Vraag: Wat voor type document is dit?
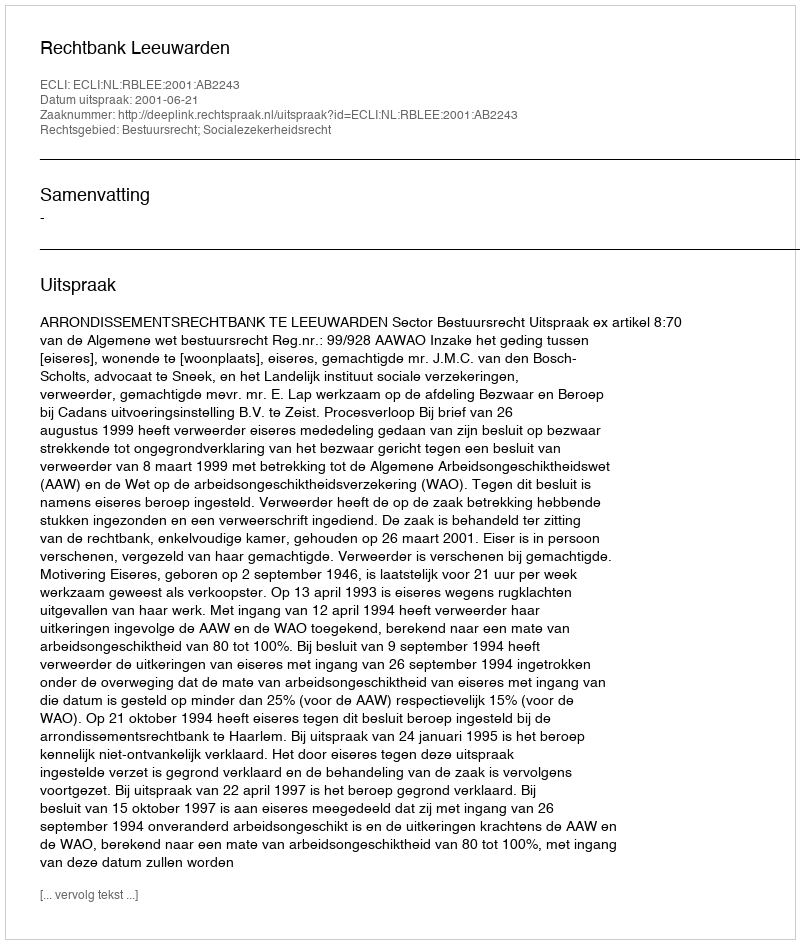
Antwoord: Uitspraak